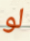
لو